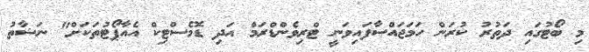
މި ބޯޓުގައި ދަތުރު ކުރަން ހަމަޖައްސާފައިވަނީ ޓްރިވެންޑްރަމް އަދި ޑޮމެސްޓިކް އެއާޕޯޓުތަކަށް" ނަޝާތު